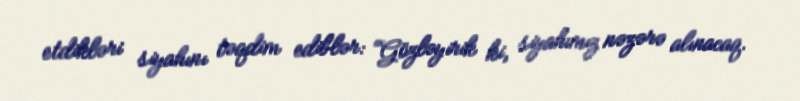
etdikləri siyahını təqdim ediblər: “Gözləyirik ki, siyahımız nəzərə alınacaq.